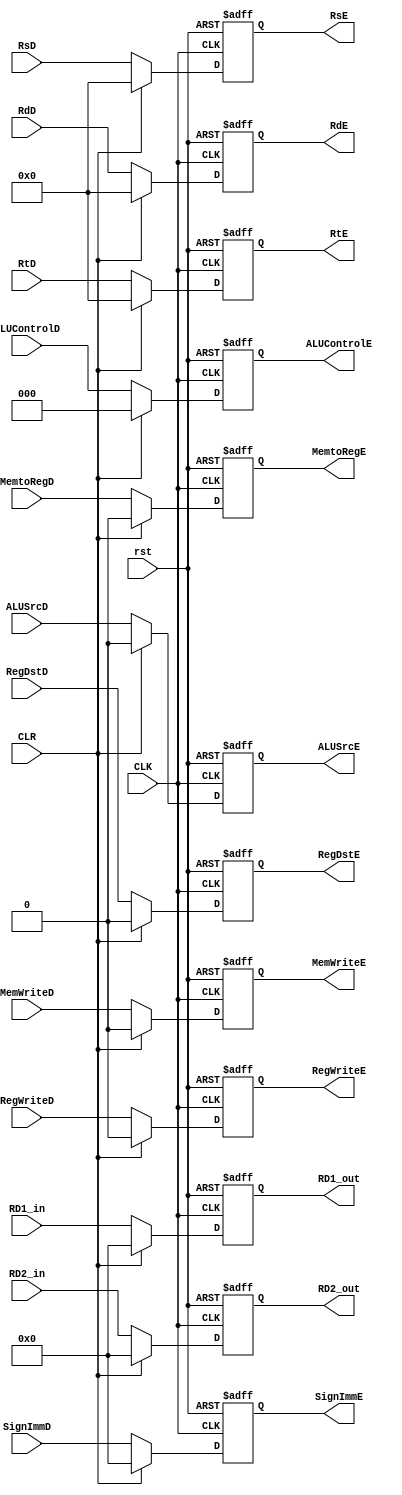
module REG_E(
input [31:0] RD1_in,RD2_in,SignImmD,
input MemWriteD,RegWriteD,RegDstD,ALUSrcD,MemtoRegD,
input [4:0] RsD,RtD,RdD,
input[2:0] ALUControlD,
input CLK,CLR,rst,
output reg MemWriteE,RegWriteE,RegDstE,ALUSrcE,MemtoRegE,
output reg[2:0] ALUControlE,
output reg [31:0] RD1_out,RD2_out,SignImmE,
output reg [4:0] RsE,RtE,RdE
);
always @(posedge CLK or negedge rst) begin
if (!rst) begin
MemWriteE<=1'b0;
RegWriteE<=1'b0;
RegDstE<=1'b0;
ALUSrcE<=1'b0;
MemtoRegE<=1'b0;
ALUControlE<=3'b0;
RD1_out<=32'b0;
RD2_out<=32'b0;
SignImmE<=32'b0;
RsE<=5'b0;
RtE<=5'b0;
RdE<=5'b0; 
end
else if (CLR) begin
MemWriteE<=1'b0;
RegWriteE<=1'b0;
RegDstE<=1'b0;
ALUSrcE<=1'b0;
MemtoRegE<=1'b0;
ALUControlE<=3'b0;
RD1_out<=32'b0;
RD2_out<=32'b0;
SignImmE<=32'b0;
RsE<=5'b0;
RtE<=5'b0;
RdE<=5'b0;
end
else 
begin
MemWriteE<=MemWriteD;
RegWriteE<=RegWriteD;
RegDstE<=RegDstD;
ALUSrcE<=ALUSrcD;
MemtoRegE<=MemtoRegD;
ALUControlE<=ALUControlD;
RD1_out<=RD1_in;
RD2_out<=RD2_in;
SignImmE<=SignImmD;
RsE<=RsD;
RtE<=RtD;
RdE<=RdD;
end 
end  
endmodule